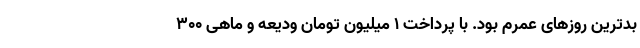
بدترین روزهای عمرم بود. با پرداخت ۱ میلیون تومان ودیعه و ماهی ۳۰۰